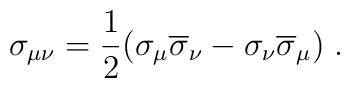
\sigma _{\mu \nu }=\frac 12(\sigma _\mu \overline{\sigma }_\nu -\sigma _\nu \overline{\sigma }_\mu )\;.